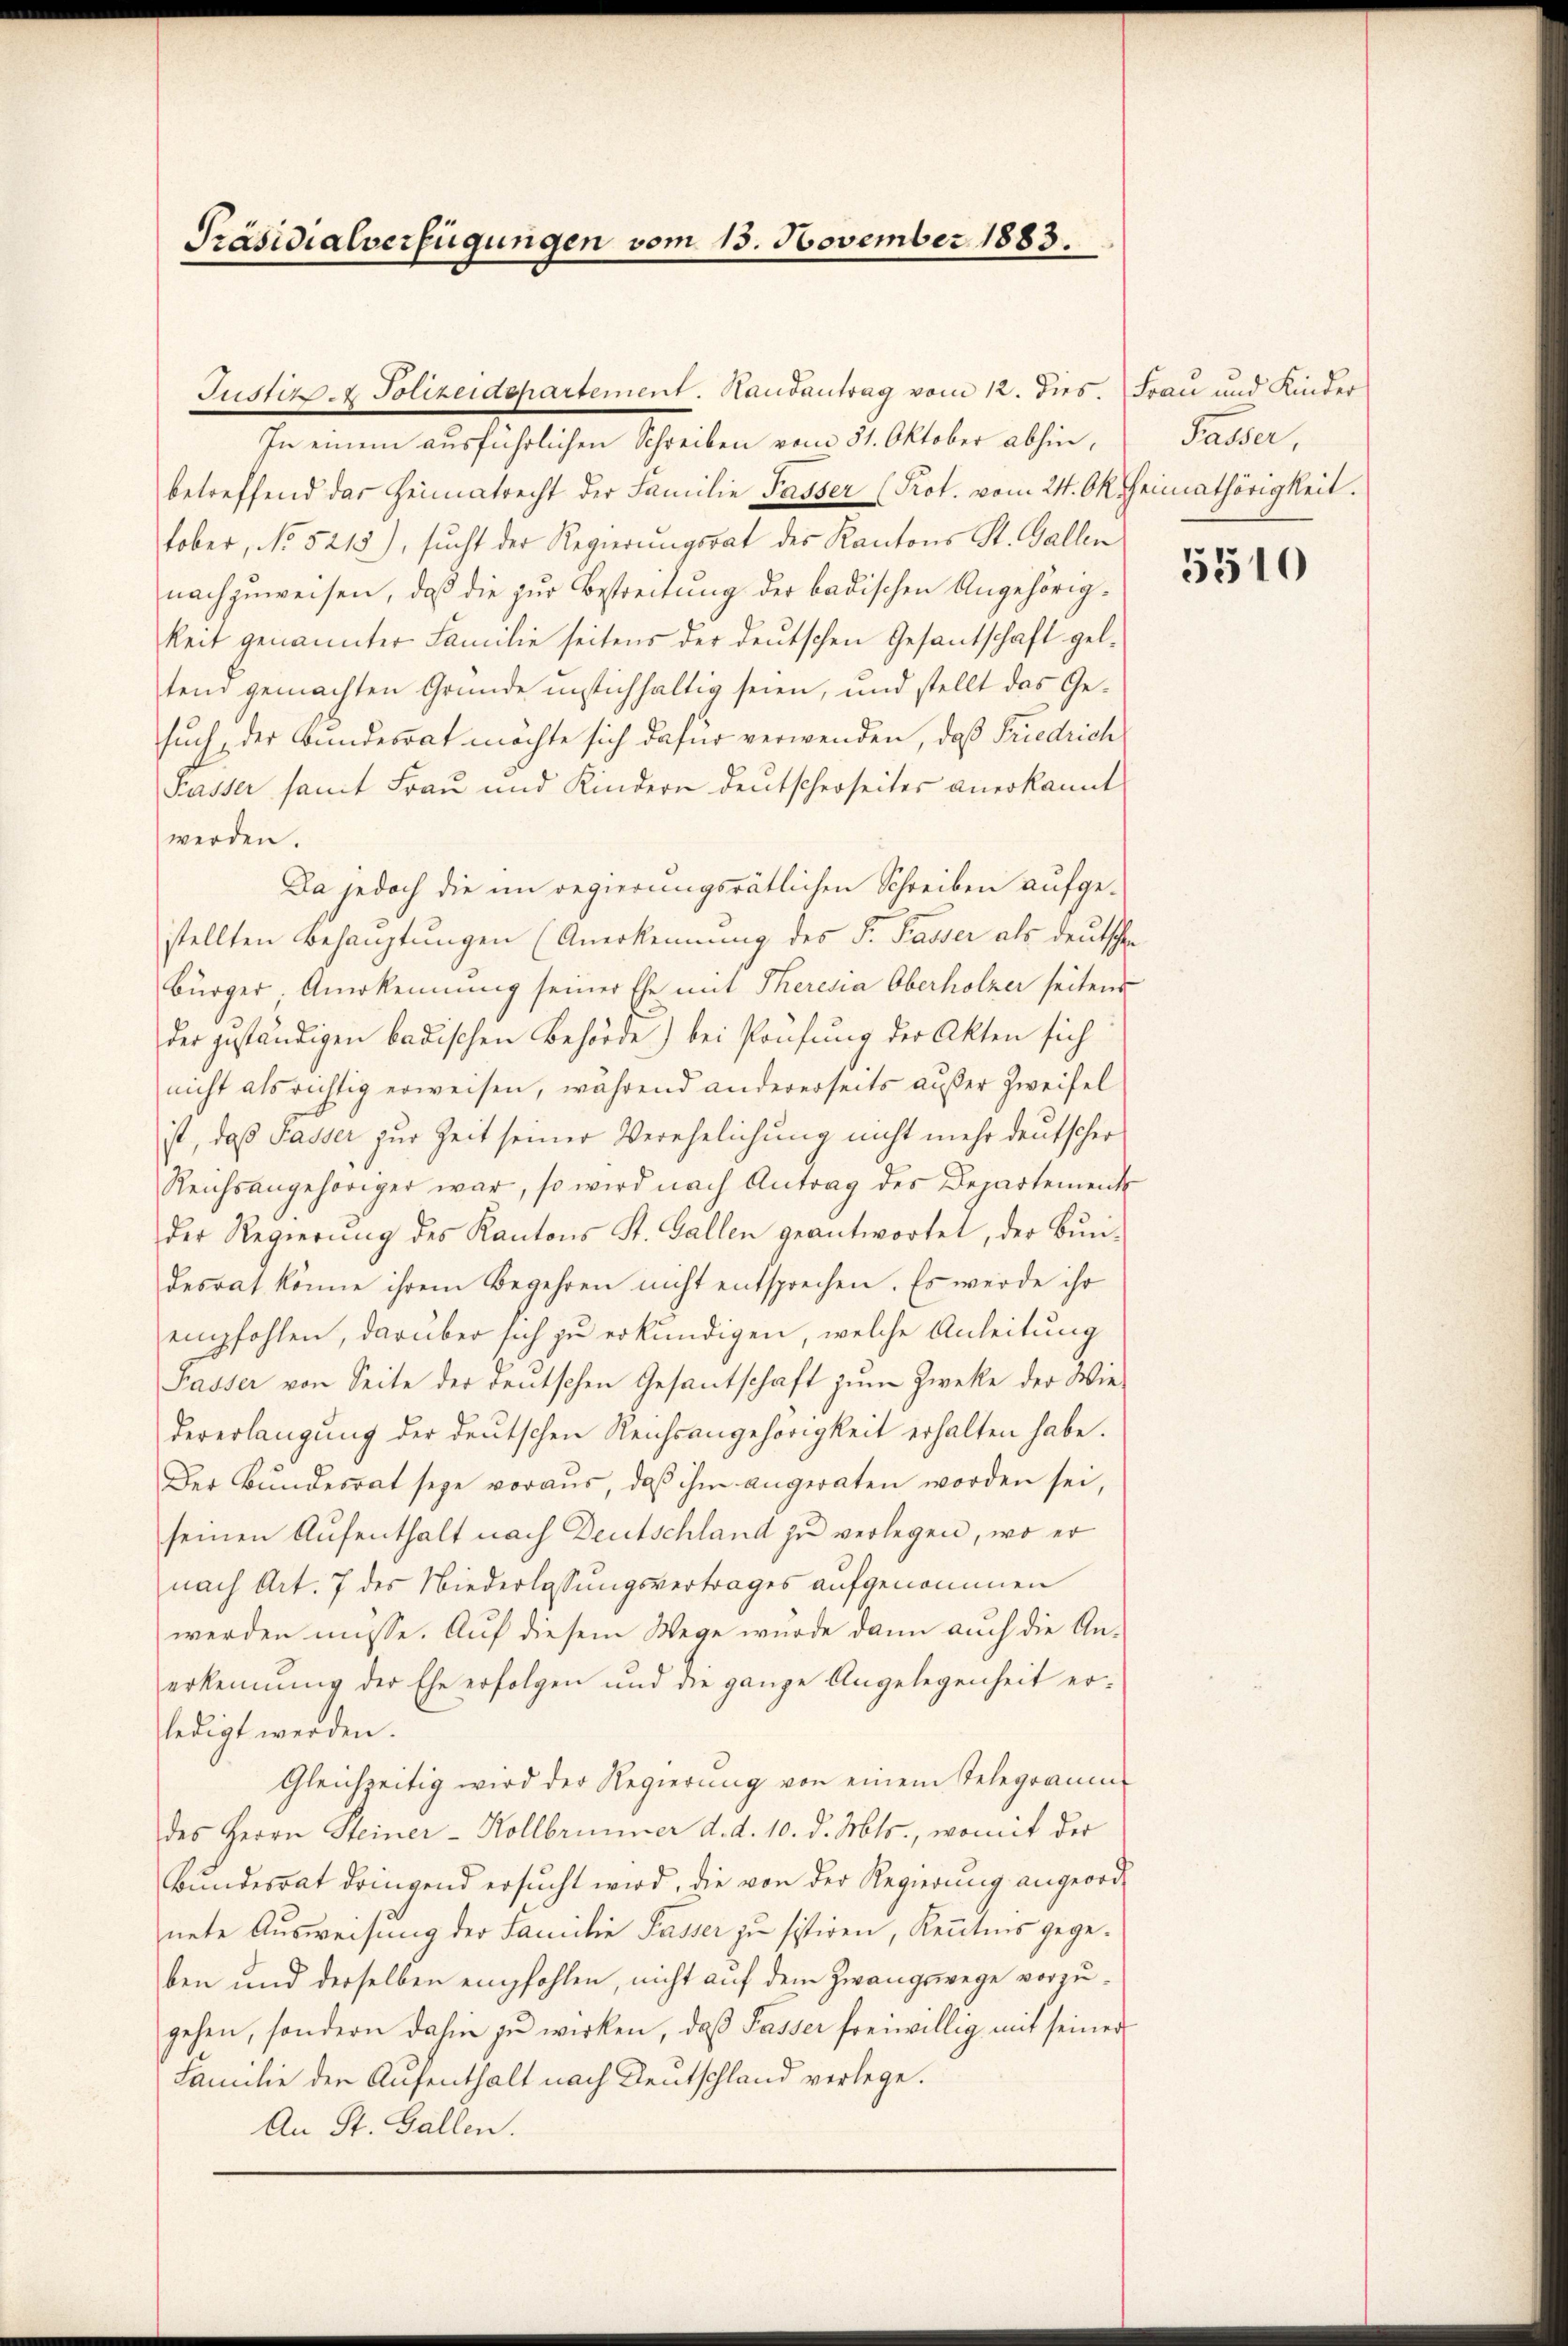
Präsidialverfügungen vom 15. November 1883.

Justiz- & Polizeidepartement. Hausantrag vom 12. dies. Frau und Kinder

In einem ausführlichen Schreiben vom 31. Oktober abhin,
betreffend das Heimatrecht der Familie Passer (Prot. vom 24. Okt Heimathörigkeit.
tober, No 5215), sucht der Regierungsrat des Kantons St. Gallen
nachzuweisen, daß die zur Bestreitung der badischen Angehörigkeit genannter Familie seitens der deutschen Gesantschaft geltem gemachten Grunde unstichhaltig seien, und stellt das Gesuch, der Bundesrat möchte sich dafür verwenden, daß Friedrich
Passer samt Frau und Kindern deutscherseites anerkannt
werden.
Da jedoch die im Regierungsrätlichen Schreiben aufgestellten Behauptungen (Anerkennung des F. Fasser als deutschen
Bürger, Anerkennung seiner Ehe mit Theresia Oberholzer seitens
der zuständigen badischen Behörde) bei Prüfung der Akten sich
nicht als richtig erweisen, während andererseits außer Zweifel
ist, daß Passer zur Zeit seiner Verehelichung nicht mehr deutscher
Reichsangehöriger war, so wird nach Antrag des Departement
der Regierŭng des Kantons St. Gallen geantwortet, der Bundesrat könne ihrem Begehren nicht entsprechen. Es werde ihr
empfohlen, darüber sich zu erkundigen, welche Anleitung
Passer von Seite der deutschen Gesantschaft zum Zwecke der Wie-
dererlangung der deutschen Reichsangehörigkeit erhalten habe.
Der Bŭndesrat seye voraus, daβ ihm angeraten worden sei,
seinen Aufenthalt nach Deutschland zu verlegen, wo er
nach Art. 7 des Niederlassungsvertrages aufgenommen
werden müsse. Auf diesem Wege wurde dann auch die An-
erkennung der Ehe erfolgen und die ganze Angelegenheit er-
ledigt werden.
Gleichzeitig wird der Regierung von einem Telegramm
des Herrn Steiner-Kollbrunner d. d. 10. d. Mts., womit der
Bundesrat dringend ersucht wird, die von der Regierung angeordnete Ausweisung der Familie Pässer zu sistiren, Kenntnis gegeben und derselben empfohlen, nicht auf dem Zwangswege vorzugehen, sondern dahin zŭ wirken, daβ Passer freiwillig mit seiner
Familie der Aufenthalt nach Deutschland verlege.
An St. Gallen.

Passer,

5510